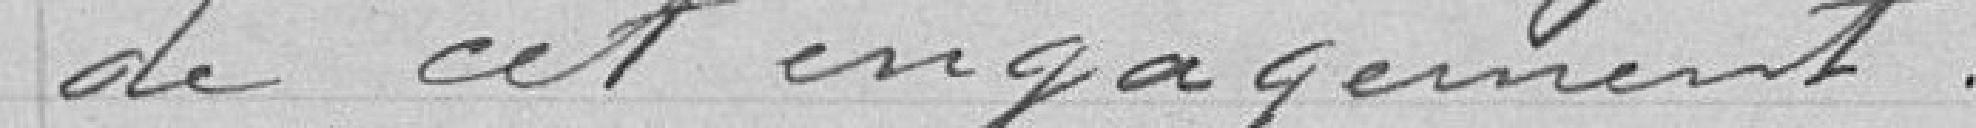
de cet engagement.